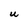
Character: U